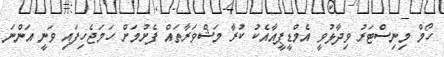
ހޯމް މިނިސްޓަރު ވިދާޅުވީ އެމްޑީޕީއާއެކު ކުރާ މަޝްވަރާތައް ފެށުމަށް ހަމަޖެހިފައި ވަނީ އަންނަ